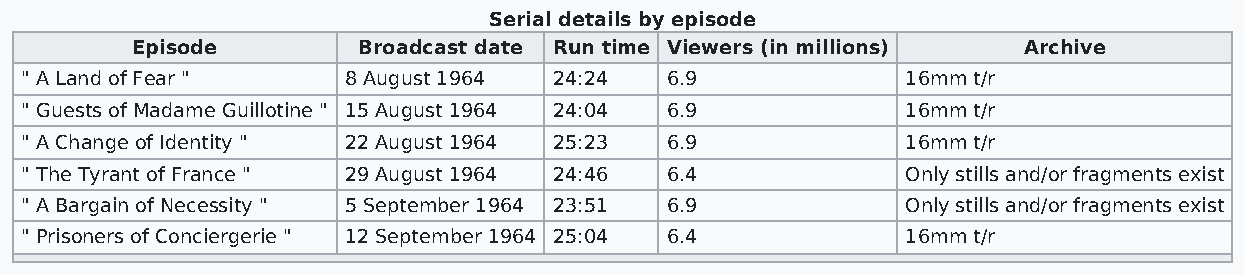
Serial details by episode
 Episode        Broadcast date Run time Viewers (in millions) Archive
 " A Land of Fear "    8 August 1964 24:24  6.9             16mm t/r
 " Guests of Madame Guillotine " 15 August 1964 24:04 6.9   16mm t/r
 " A Change of Identity " 22 August 1964 25:23 6.9          16mm t/r
 " The Tyrant of France " 29 August 1964 24:46 6.4          Only stills and/or fragments exist
 " A Bargain of Necessity " 5 September 1964 23:51 6.9      Only stills and/or fragments exist
 " Prisoners of Conciergerie " 12 September 1964 25:04 6.4  16mm t/r